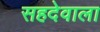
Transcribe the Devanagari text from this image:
सहदेवाला